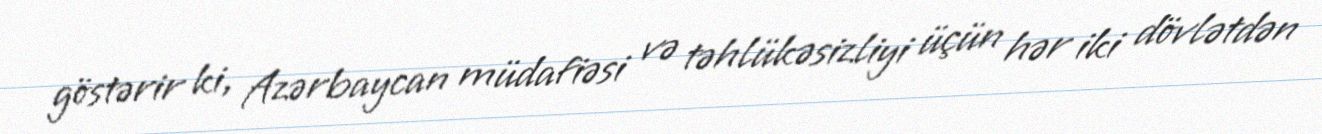
göstərir ki, Azərbaycan müdafiəsi və təhlükəsizliyi üçün hər iki dövlətdən